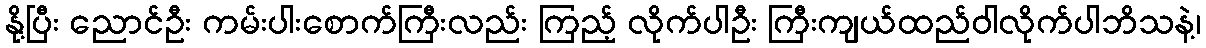
နို့ပြီး ညောင်ဦး ကမ်းပါးစောက်ကြီးလည်း ကြည့် လိုက်ပါဦး ကြီးကျယ်ထည်ဝါလိုက်ပါဘိသနဲ့၊